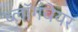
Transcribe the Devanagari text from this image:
ब्लॉगवेयर